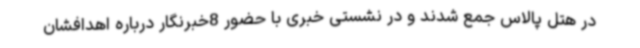
در هتل پالاس جمع شدند و در نشستی خبری با حضور 8خبرنگار درباره اهدافشان